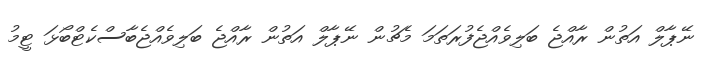
ނޭޕާލް އަތުން ރާއްޖެ ބަލިވެއްޖެފުރަތަމަ މެޗުން ނޭޕާލް އަތުން ރާއްޖެ ބަލިވެއްޖެބާސްކެޓްބޯޅަ ޓީމު